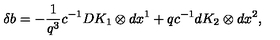
\delta b = - \frac { 1 } { q ^ { 3 } } c ^ { - 1 } D K _ { 1 } \otimes d x ^ { 1 } + q c ^ { - 1 } d K _ { 2 } \otimes d x ^ { 2 } ,